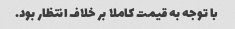
با توجه به قیمت کاملا بر خلاف انتظار بود.